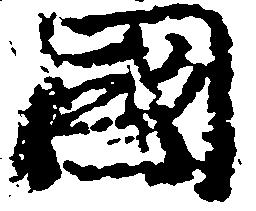
国